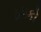
ઠ૫કો